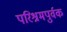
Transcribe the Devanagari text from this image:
परिश्रमपुर्वक